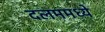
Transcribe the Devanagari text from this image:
दलममध्ये